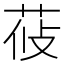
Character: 𦰞